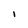
Character: I